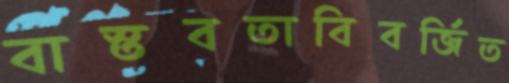
বাস্তবতাবিবর্জিত